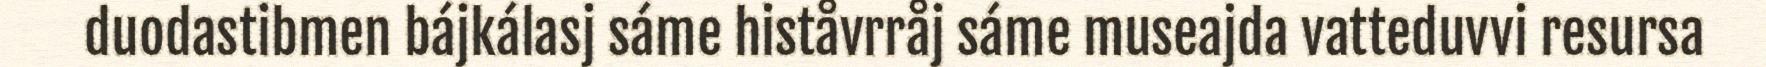
duodastibmen bájkálasj sáme histåvrråj sáme museajda vatteduvvi resursa